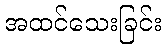
အထင်သေးခြင်း